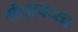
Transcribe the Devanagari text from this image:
संघाचच्या